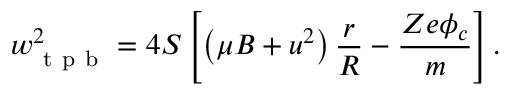
w _ { \mathrm { ~ t ~ p ~ b ~ } } ^ { 2 } = 4 S \left[ \left( \mu B + u ^ { 2 } \right) \frac { r } { R } - \frac { Z e \phi _ { c } } { m } \right] .